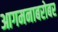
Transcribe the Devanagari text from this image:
आगमनाबरोबर